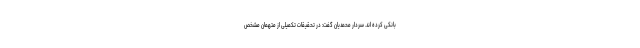
بانکی کرده اند. سردار محمدیان گفت: در تحقیقات تکمیلی از متهمان مشخص